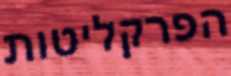
הפרקליטות